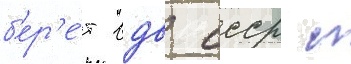
б'ер'е́т вдв ссср с